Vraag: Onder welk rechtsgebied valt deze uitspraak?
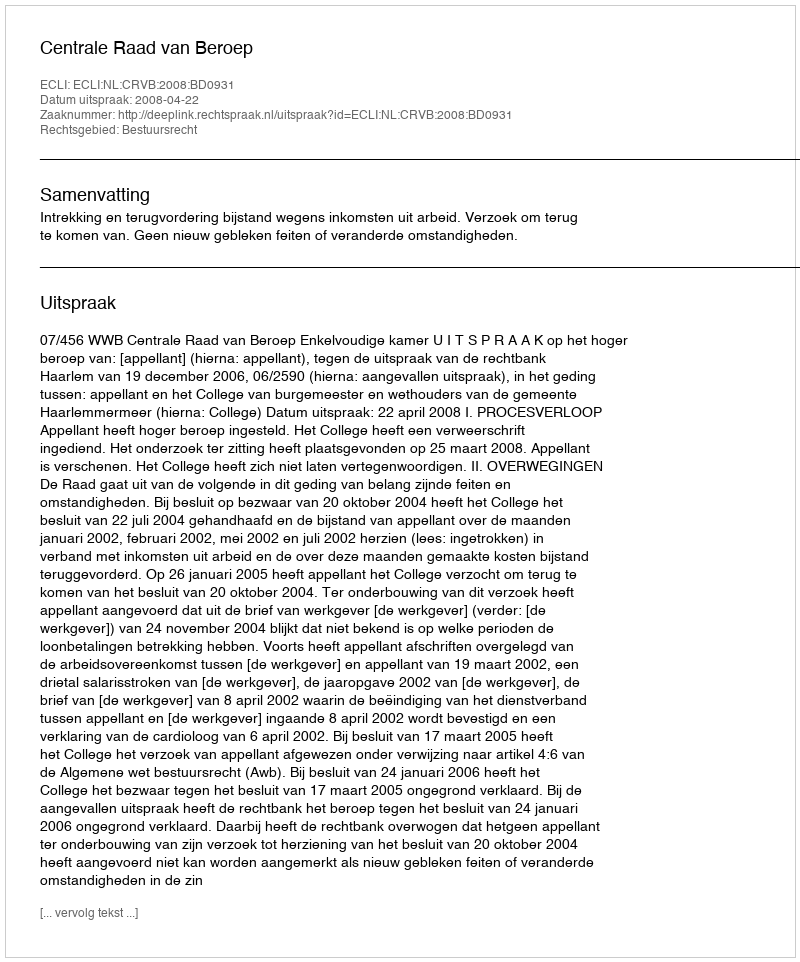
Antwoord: Bestuursrecht